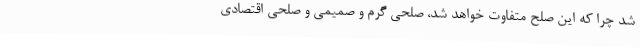
شد چرا که این صلح متفاوت خواهد شد، صلحی گرم و صمیمی و صلحی اقتصادی